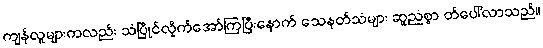
ကျန်လူများကလည်း သံပြိုင်လိုက်အော်ကြပြီးနောက် သေနတ်သံများ ဆူညံစွာ တ်ပေါ်လာသည်။